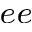
_ { e e }